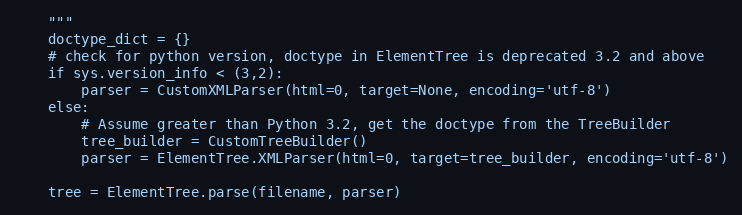
Language: Python
    """
    doctype_dict = {}
    # check for python version, doctype in ElementTree is deprecated 3.2 and above
    if sys.version_info < (3,2):
        parser = CustomXMLParser(html=0, target=None, encoding='utf-8')
    else:
        # Assume greater than Python 3.2, get the doctype from the TreeBuilder
        tree_builder = CustomTreeBuilder()
        parser = ElementTree.XMLParser(html=0, target=tree_builder, encoding='utf-8')

    tree = ElementTree.parse(filename, parser)